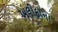
ખલીફાનો